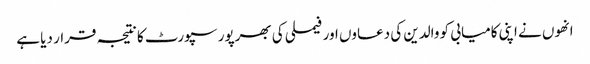
انھوں نے اپنی کامیابی کو والدین کی دعاوں اور فیملی کی بھرپور سپورٹ کا نتیجہ قرار دیا ہے